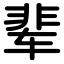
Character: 辈